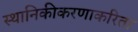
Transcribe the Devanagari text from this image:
स्थानिकीकरणाकरिता